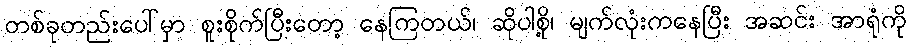
တစ်ခုတည်းပေါ်မှာ စူးစိုက်ပြီးတော့ နေကြတယ်၊ ဆိုပါစို့၊ မျက်လုံးကနေပြီး အဆင်း အာရုံကို